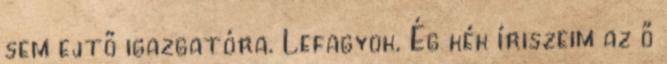
sem ejtő igazgatóra. Lefagyok. Ég kék íriszeim az ő